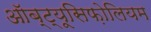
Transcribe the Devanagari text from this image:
ऑब्ट्यूसिफ़ोलियम